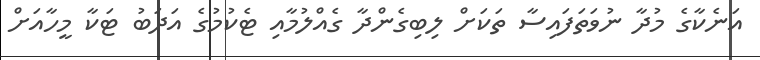
އަނެކާގެ މުދާ ނުވަތަފައިސާ ތަކަށް ލިބިގެންދާ ގެއްލުމާއި ޓެކުމުގެ އަދަބު ޓަކާ މީހާއަށް